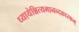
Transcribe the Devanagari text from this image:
ध्यायेन्नित्यमानन्दकारकम्